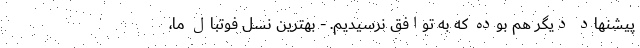
پیشنهاد دیگر هم بوده که به توافق نرسیدیم. - بهترین نسل فوتبال ما،